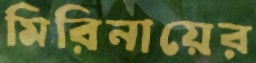
মিরিনায়ের